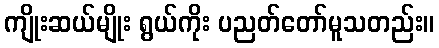
ကျိုးဆယ်မျိုး ရွယ်ကိုး ပညတ်တော်မူသတည်း။